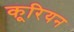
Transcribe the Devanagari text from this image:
कूरियन